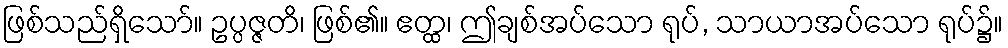
ဖြစ်သည်ရှိသော်။ ဥပ္ပဇ္ဇတိ၊ ဖြစ်၏။ ဧတ္ထ၊ ဤချစ်အပ်သော ရုပ်, သာယာအပ်သော ရုပ်၌။